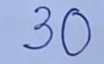
30